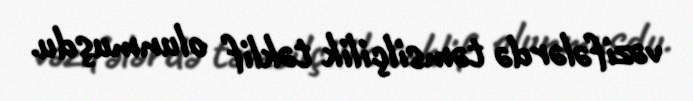
vəzifələrdə təmsilçilik təklif olunmuşdu.